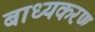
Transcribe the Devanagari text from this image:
बाध्यकरण